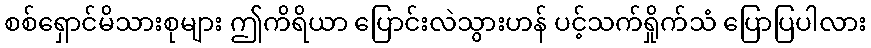
စစ်ရှောင်မိသားစုများ ဤကိရိယာ ပြောင်းလဲသွားဟန် ပင့်သက်ရှိုက်သံ ပြောပြပါလား